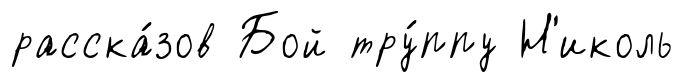
расска́зов Бой тру́ппу Н'иколь